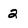
Character: 2